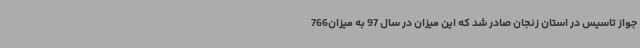
جواز تاسیس در استان زنجان صادر شد که این میزان در سال 97 به میزان766